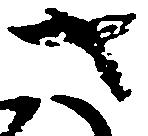
さ